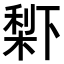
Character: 𣗱